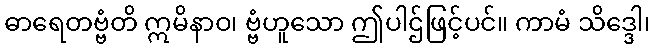
ဓာရေတဗ္ဗံတိ ဣမိနာဝ၊ ဗ္ဗံဟူသော ဤပါဌ်ဖြင့်ပင်။ ကာမံ သိဒ္ဒေါ၊